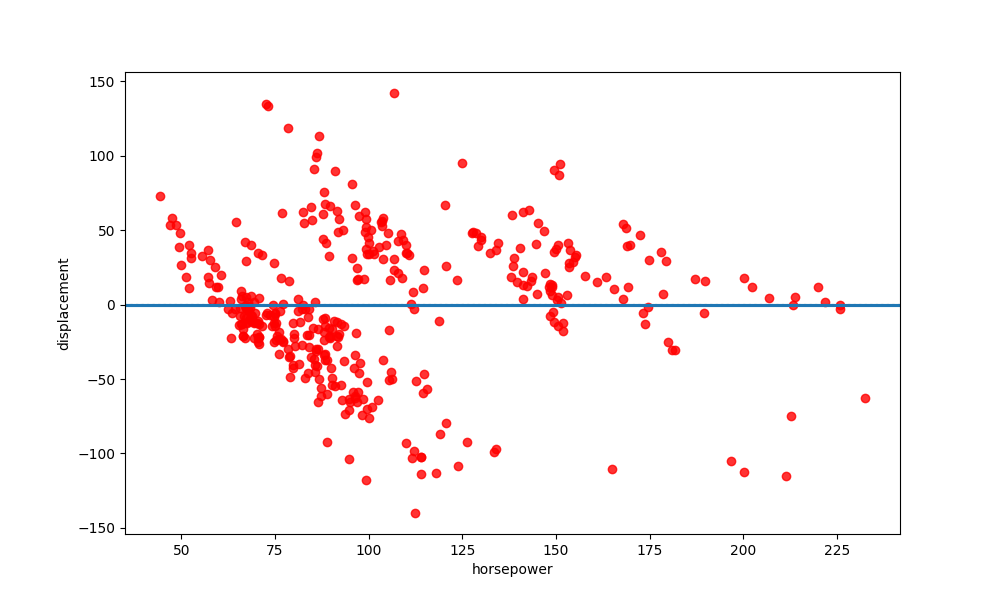
python, seaborn, residplot, lowess=True, scatter_color=red